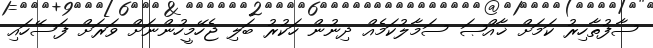
ސާފުތާހިރު ކަމަށް ޚާއްޞަ ސަމާލުކަމެއް ދިނުން ހަކުރު ބަލި ޖެހޭމީހުންނަށް ވަރަށް ފަސޭހައި